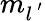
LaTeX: m_{l^{\, ^{\prime}}}